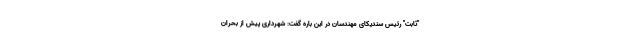
"ثابت" رئیس سندیکای مهندسان در این باره گفت: شهرداری پیش از بحران